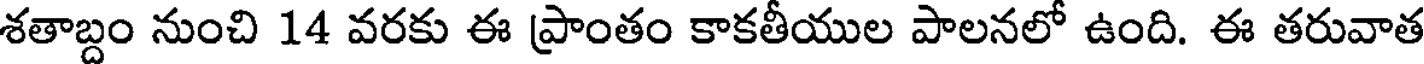
శతాబ్దం నుంచి 14 వరకు ఈ ప్రాంతం కాకతీయుల పాలనలో ఉంది. ఈ తరువాత